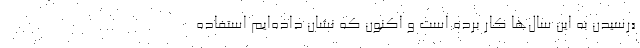
«رسیدن به این سال‌ها کار برده است و اکنون که نشان داده‌ایم استفاده